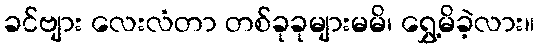
ခင်ဗျား လေးလံတာ တစ်ခုခုများမမိ၊ ရွှေ့မိခဲ့လား။